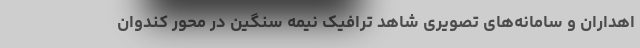
اهداران و سامانه‌های تصویری شاهد ترافیک نیمه سنگین در محور کندوان